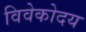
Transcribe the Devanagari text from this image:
विवेकोदय